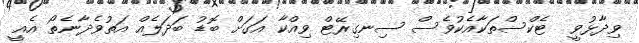
ވިދާޅުވީ  ޓެކްސްތަކާއެކުވެސް ސިނގިރޭޓް ވިއްކާ އަގަށް ބޮޑު ބަދަލެއް އަތުވެދާނެތޯ އެއީ